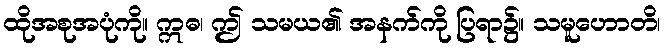
ထိုအစုအပုံကို။ ဣဓ၊ ဤ သမယ၏ အနက်ကို ပြရာ၌။ သမူဟောတိ၊